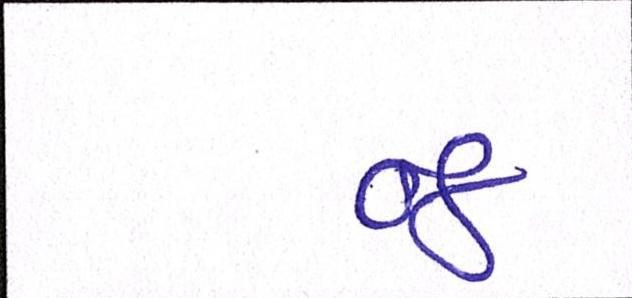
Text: ૦૪